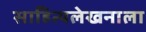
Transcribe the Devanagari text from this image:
साहित्यलेखनाला